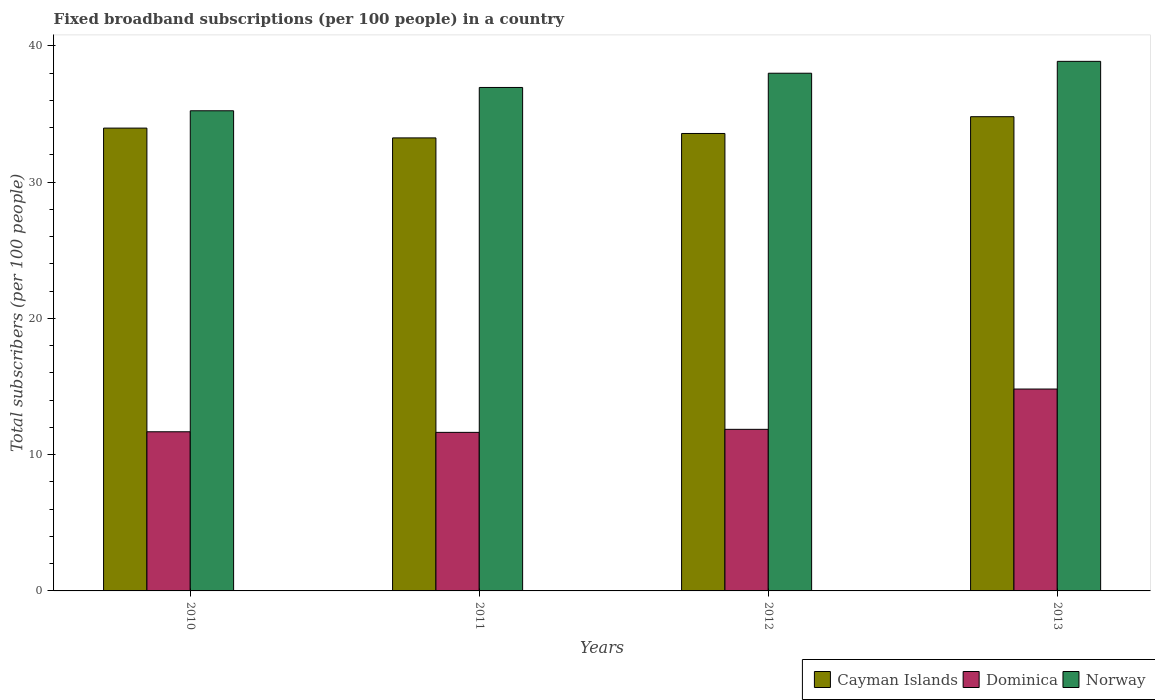
| Years | Cayman Islands | Dominica | Norway |
 | --- | --- | --- | --- |
 | 2010 | 34 | 11.7 | 35.2 |
 | 2011 | 33.2 | 11.6 | 36.9 |
 | 2012 | 33.6 | 11.9 | 38 |
 | 2013 | 34.8 | 14.8 | 38.9 |